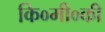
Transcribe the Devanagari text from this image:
कि०मी०की